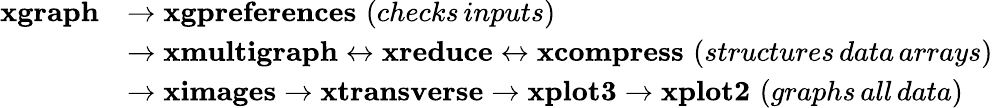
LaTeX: \begin{array}{rl}{\mathbf{xgraph}}&{\rightarrow\mathbf{xgpreferences}\, \, (checks\, inputs)}\\ &{\rightarrow\mathbf{xmultigraph}\leftrightarrow\mathbf{xreduce\leftrightarrow\mathbf{xcompress}}\, \, (structures\, data\, arrays)}\\ &{\rightarrow\mathbf{ximages}\rightarrow\mathbf{xtransverse}\rightarrow\mathbf{xplot3}\rightarrow\mathbf{xplot2}\, \, (graphs\, all\, data)}\end{array}